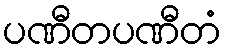
ပဏီတပဏီတံ